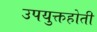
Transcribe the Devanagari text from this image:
उपयुक्तहोती